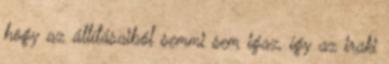
hogy az állításaiból semmi sem igaz, így az iraki